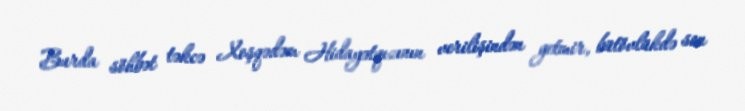
Burda söhbət təkcə Xoşqədəm Hidayətqızının verilişindən getmir, bütövlükdə son